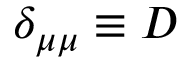
\delta _ { \mu \mu } \equiv D